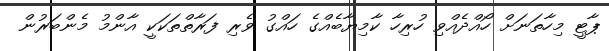
ޕާޓީ މިހާތަނަށް ހޯއްދެއްވި ހުރިހާ ކާމިޔާބެއްގެ ހައްގު ވެރި ފަރާތްތަކަކީ އާންމު މެންބަރުން